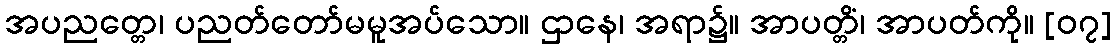
အပညတ္တေ၊ ပညတ်တော်မမူအပ်သော။ ဌာနေ၊ အရာ၌။ အာပတ္တိံ၊ အာပတ်ကို။ [၀၇]